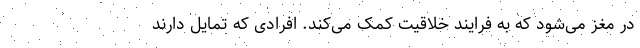
در مغز می‌شود که به فرایند خلاقیت کمک می‌کند. افرادی که تمایل دارند